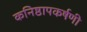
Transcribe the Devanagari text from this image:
कनिष्ठापकर्षणी